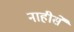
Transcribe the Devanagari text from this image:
नाहीसें